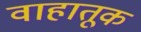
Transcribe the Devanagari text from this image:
वाहातूक